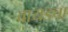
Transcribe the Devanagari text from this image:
वायडचा